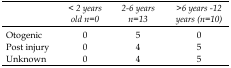
|  | < 2 years old n=0 | 2-6 years n=13 | >6 years -12 years (n=10) |
 | --- | --- | --- | --- |
 | Otogenic | 0 | 5 | 0 |
 | Post injury | 0 | 4 | 5 |
 | Unknown | 0 | 4 | 5 |